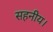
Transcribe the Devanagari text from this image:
सहनीय।